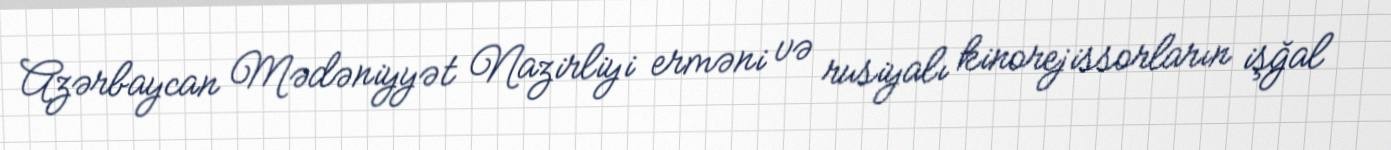
Azərbaycan Mədəniyyət Nazirliyi erməni və rusiyalı kinorejissorların işğal